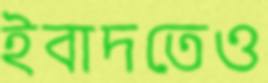
ইবাদতেও